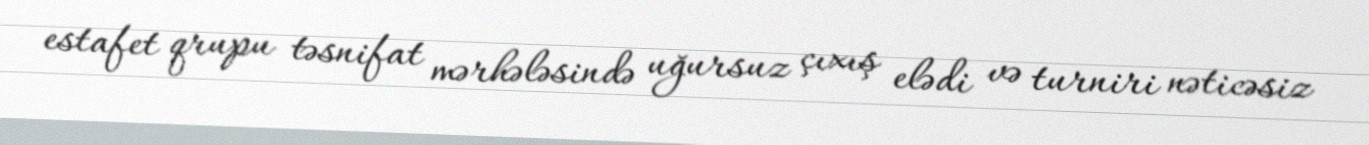
estafet qrupu təsnifat mərhələsində uğursuz çıxış elədi və turniri nəticəsiz